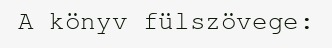
A könyv fülszövege: